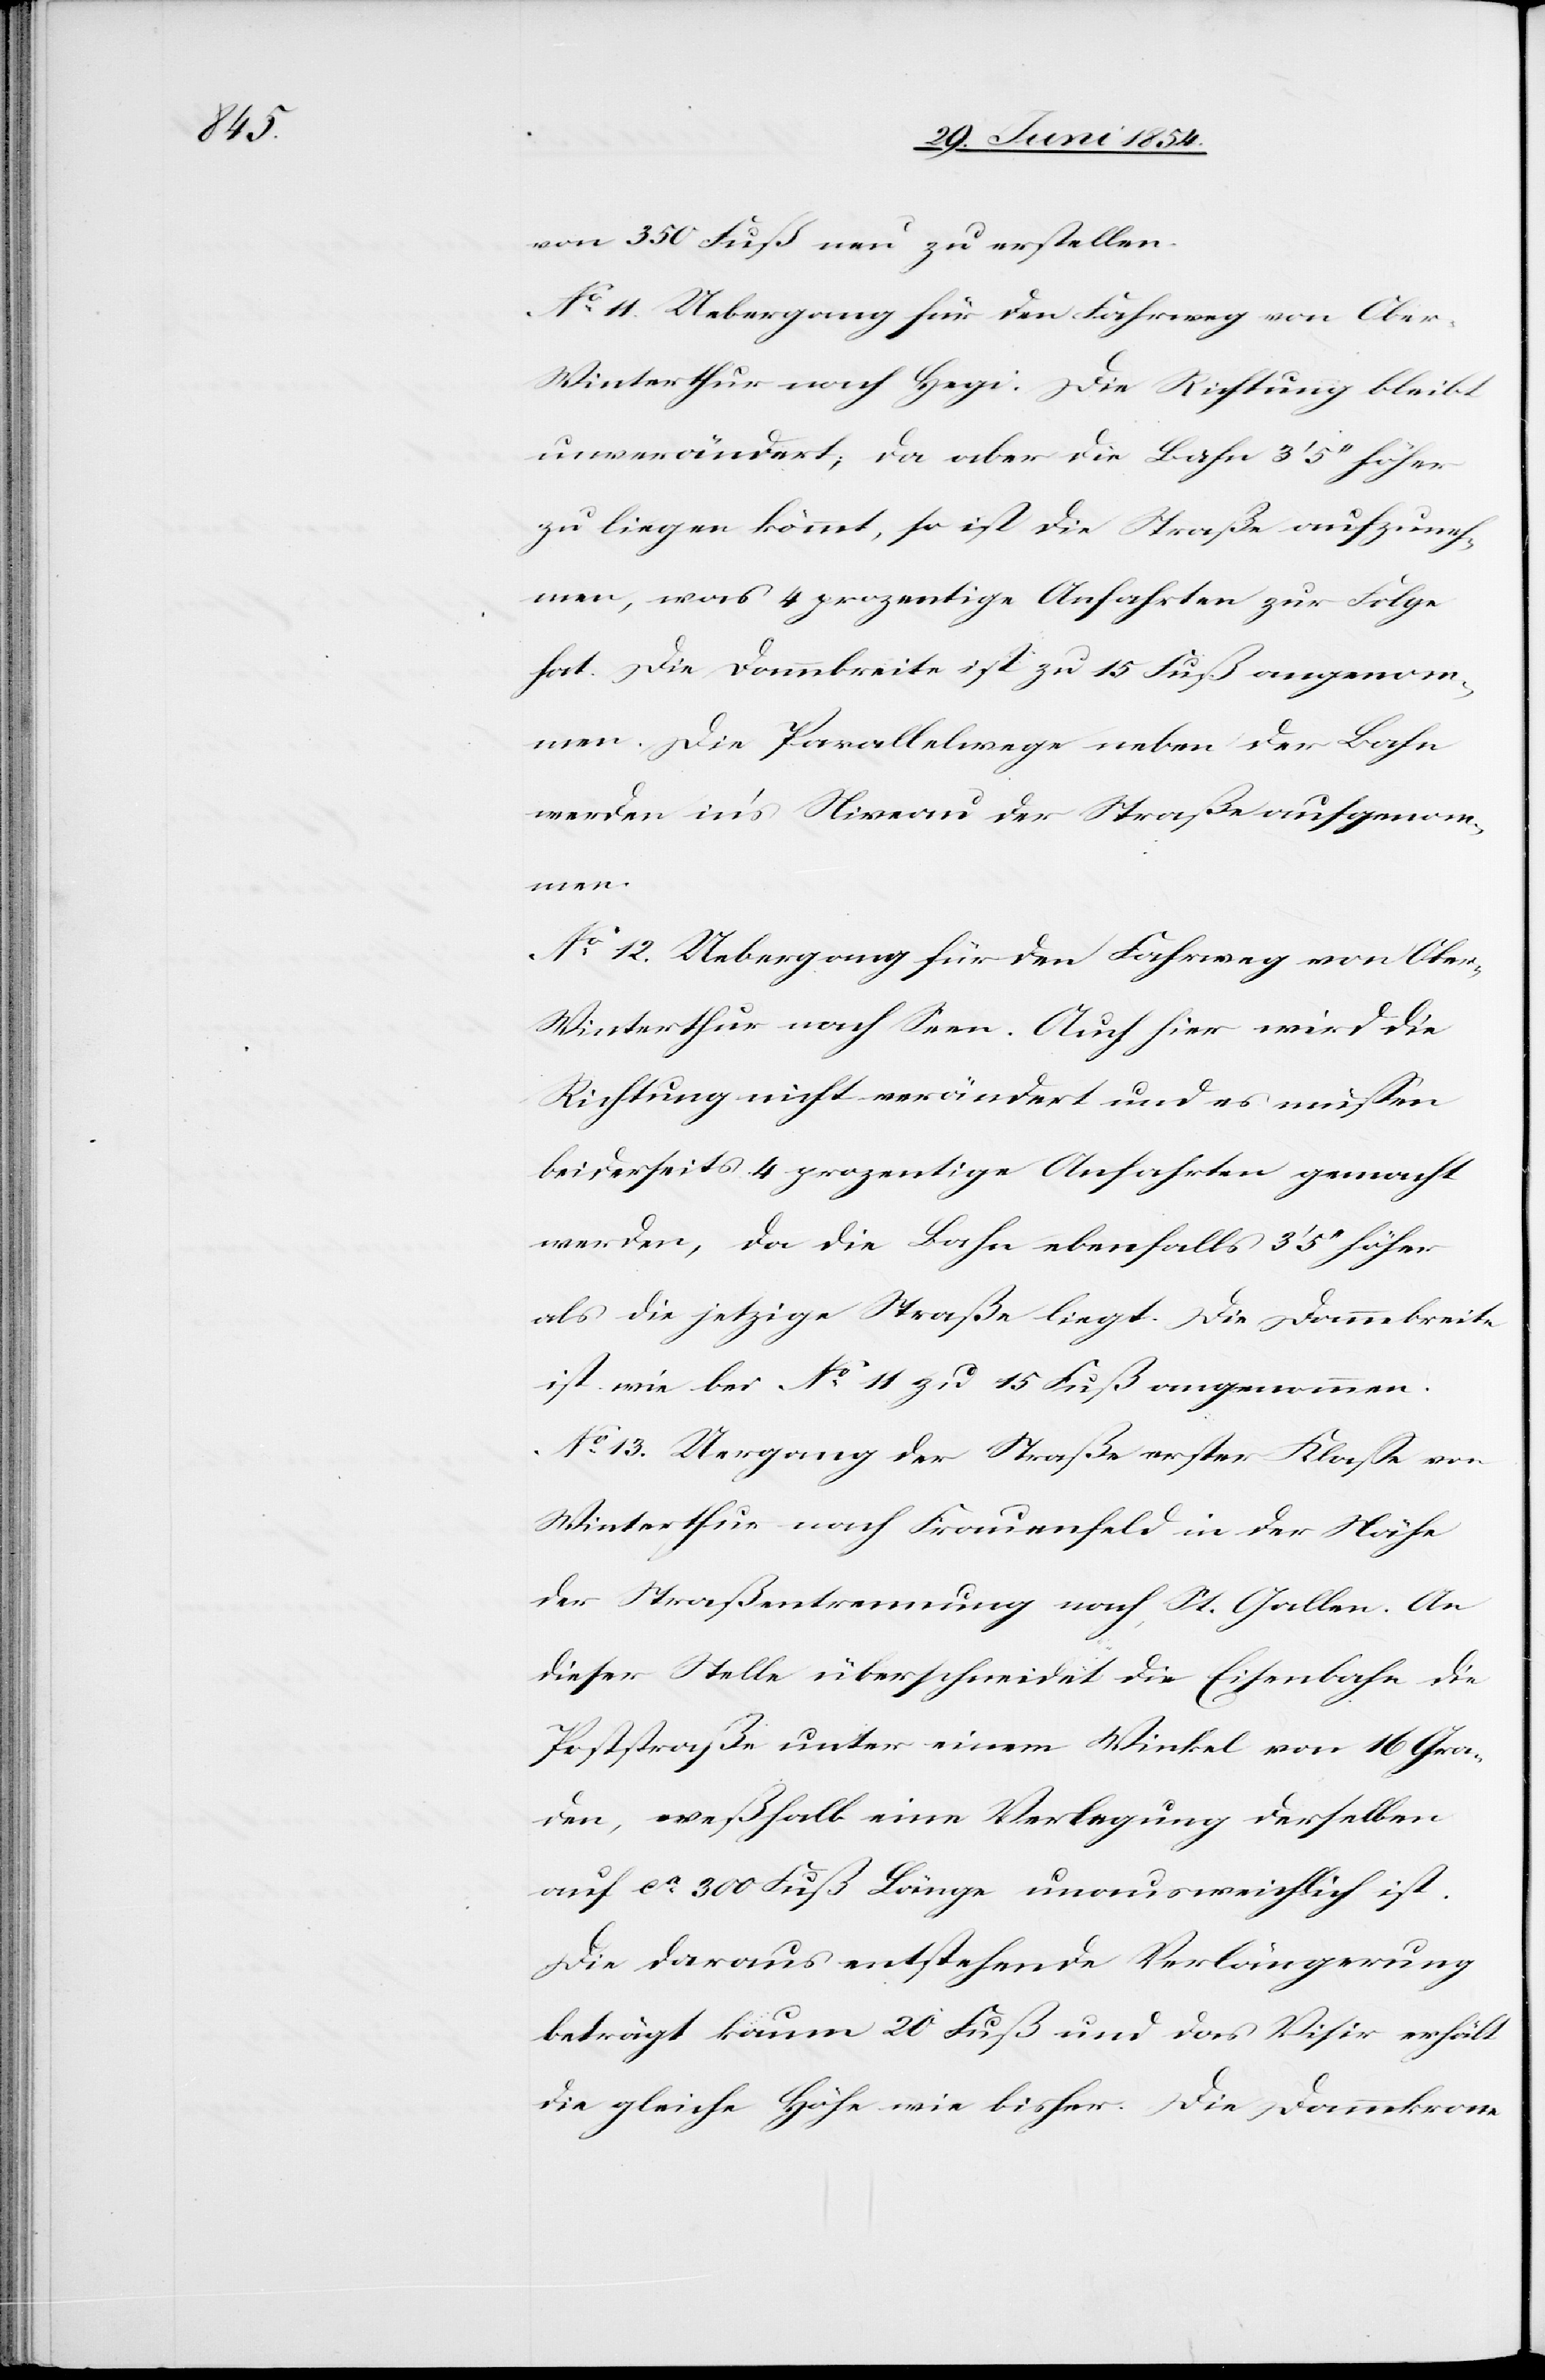
von 350 Fuß neu zu erstellen.
No 11. Uebergang für den Fahrweg von Ober-W¬
interthur nach Hegi: Die Richtung bleibt
unverändert; da aber die Bahn 3‘ 5‘‘ höher
zu liegen kömmt, so ist die Straße aufzuneh¬
men, was 4 prozentige Anfahrten zur Folge
hat. Die Dammbreite ist zu 15 Fuß angenom¬
men. Die Parallelwege neben der Bahn
werden in’s Niveau der Straße aufgenomm¬
en.
No 12. Uebergang für den Fahrweg von Obe¬
r-Winterthur nach Seen. Auch hier wird die
Richtung nicht verändert und es müßen
beiderseits 4 prozentige Anfahrten gemacht
werden, da die Bahn ebenfalls 3‘ 5‘‘ höher
als die jetzige Straße liegt. Die Dammbreite
ist wie bei No 11 zu 15 Fuß angenommen.
No 13. Uebergang der Straße erster Klaße von
Winterthur nach Frauenfeld in der Nähe
der Straßentrennung nach St. Gallen. An
dieser Stelle überschneidet die Eisenbahn die
Poststraße unter einem Winkel von 16 Gra¬
den, weßhalb eine Verlegung derselben
auf ca 300 Fuß Länge unausweichlich ist.
Die daraus entstehende Verlängerung
beträgt kaum 20 Fuß und das Visir erhält
die gleiche Höhe wie bisher. Die Dammkrone